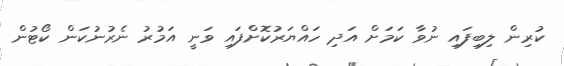
ކުރިން ލިބިފައި ނުވާ ކަމަށް އަދި ހައްޔަރުކޮށްފައި ވަނީ އަމުރު ނެރުނުކަން ކޯޓުން